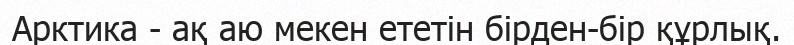
Арктика - ақ аю мекен ететін бірден-бір құрлық.